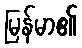
မြန်မာ၏